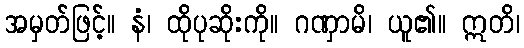
အမှတ်ဖြင့်။ နံ၊ ထိုပုဆိုးကို။ ဂဏှာမိ၊ ယူ၏။ ဣတိ၊